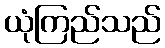
ယုံကြည်သည်